Indian journal of veterinary science and animal husbandry - Volumes 24-25, 1954-1955
Year: 1954
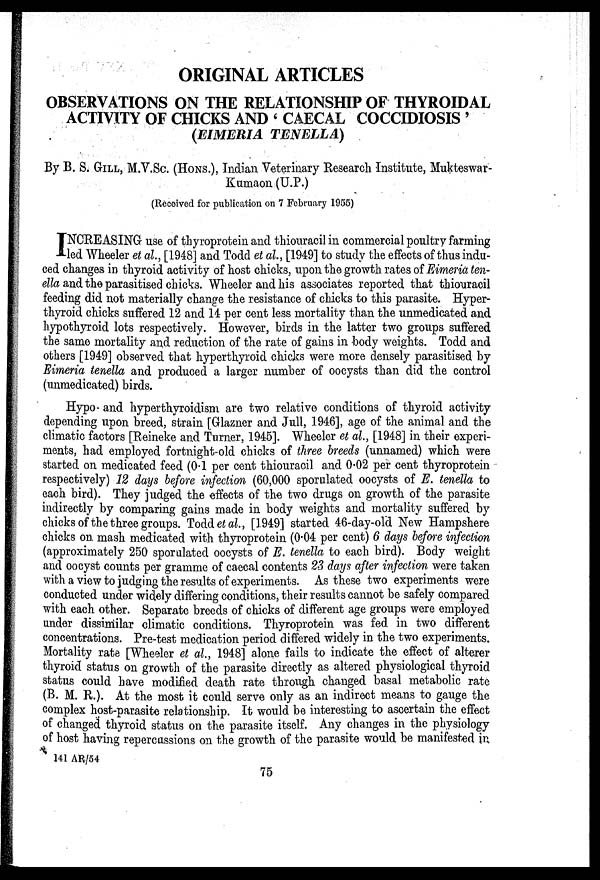
ORIGINAL ARTICLES
OBSERVATIONS ON THE RELATIONSHIP OF THYROIDAL
ACTIVITY OF CHICKS AND ' CAECAL COCCIDIOSIS '
(EIMERIA
TENELLA)
By B. S. GILL, M.V.Sc. (HONS.), Indian Veterinary Research Institute, Mukteswar-
Kumaon (U.P.)
(Received for publication on 7 February 1955)
I NCREASING use of thyroprotein and thiouracil in commercial poultry farming
led Wheeler et al., [1948] and Todd et al., [1949] to study the effects of thus indu-
ced changes in thyroid activity of host chicks, upon the growth rates of Eimeria ten-
ella and the parasitised chicks. Wheeler and his associates reported that thiouracil
feeding did not materially change the resistance of chicks to this parasite. Hyper-
thyroid chicks suffered 12 and 14 per cent less mortality than the unmedicated and
hypothyroid lots respectively. However, birds in the latter two groups suffered
the same mortality and reduction of the rate of gains in body weights. Todd and
others [1949] observed that hyperthyroid chicks were more densely parasitised by
Eimeria tenella and produced a larger number of oocysts than did the control
(unmedicated) birds.
Hypo- and hyperthyroidism are two relative conditions of thyroid activity
depending upon breed, strain [Glazner and Jull, 1946], age of the animal and the
climatic factors [Reineke and Turner, 1945]. Wheeler et al., [1948] in their experi-
ments, had employed fortnight-old chicks of three breeds (unnamed) which were
started on medicated feed (0.1 per cent thiouracil and 0.02 per cent thyroprotein
respectively) 12 days before infection (60,000 sporulated oocysts of E. tenella to
each bird). They judged the effects of the two drugs on growth of the parasite
indirectly by comparing gains made in body weights and mortality suffered by
chicks of the three groups. Todd et al., [1949] started 46-day-old New Hampshere
chicks on mash medicated with thyroprotein (0.04 per cent) 6 days before infection
(approximately 250 sporulated oocysts of E. tenella to each bird). Body weight
and oocyst counts per gramme of caecal contents 23 days after infection were taken
with a view to judging the results of experiments. As these two experiments were
conducted under widely differing conditions, their results cannot be safely compared
with each other. Separate breeds of chicks of different age groups were employed
under dissimilar climatic conditions. Thyroprotein was fed in two different
concentrations. Pre-test medication period differed widely in the two experiments.
Mortality rate [Wheeler et al., 1948] alone fails to indicate the effect of alterer
thyroid status on growth of the parasite directly as altered physiological thyroid
status could have modified death rate through changed basal metabolic rate
(B. M. R.). At the most it could serve only as an indirect means to gauge the
complex host-parasite relationship. It would be interesting to ascertain the effect
of changed thyroid status on the parasite itself. Any changes in the physiology
of host having repercussions on the growth of the parasite would be manifested in
141 AR/54
75